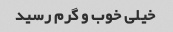
خیلی خوب و گرم رسید